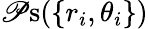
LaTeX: \mathscr{P}\mathrm{{s}}(\{ r_{i},\theta_{i}\} )